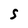
Character: S